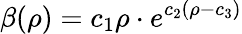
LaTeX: \beta(\rho)=c_{1}\rho\cdot e^{c_{2}(\rho-c_{3})}